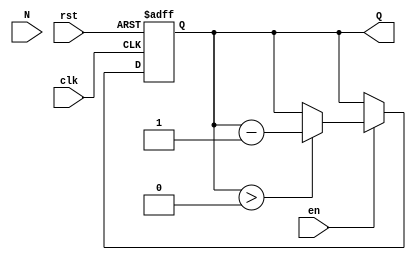
module down_counter (
    input wire clk,      // Clock signal
    input wire en,       // Enable signal
    input wire rst,      // Reset signal
    input wire [N-1:0] N, // Initial count value (N should be defined as a parameter or a constant)
    output reg [N-1:0] Q // Current count value
);
    parameter N = 8; // Define the width of the counter (number of bits)
    
    // Asynchronous reset and counter logic
    always @(posedge clk or posedge rst) begin
        if (rst) begin
            Q <= N; // Reset the counter to the initial value N
        end else if (en) begin
            if (Q > 0) begin
                Q <= Q - 1; // Decrement the counter
            end
            // If Q is 0, it remains 0 on subsequent clock pulses
        end
        // If not reset and not enabled, Q remains unchanged
    end

endmodule